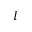
l